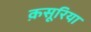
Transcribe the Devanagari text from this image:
क़सूरिया